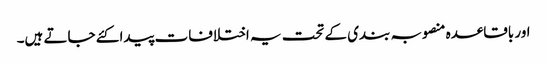
اور باقاعدہ منصوبہ بندی کے تحت یہ اختلافات پیدا کئے جاتے ہیں۔